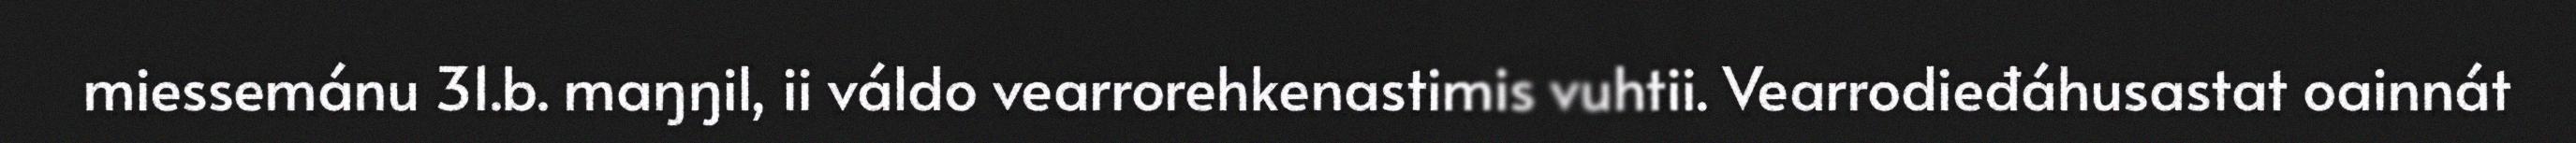
miessemánu 31.b. maŋŋil, ii váldo vearrorehkenastimis vuhtii. Vearrodieđáhusastat oainnát